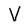
Character: V